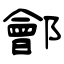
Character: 鄶